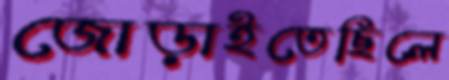
জোড়াইতেছিলে